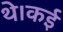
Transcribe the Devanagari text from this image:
थे।कई